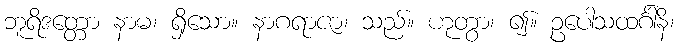
ဘူရိဒတ္တော နာမ၊ ရှိသော။ နာဂရာဇာ၊ သည်။ ဟုတွာ၊ ၍။ ဥပေါသထင်္ဂါနိ၊